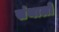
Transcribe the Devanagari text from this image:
संथालो